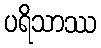
ပရိသာဿ